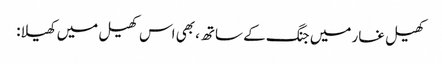
کھیل غار میں جنگ کے ساتھ، بھی اس کھیل میں کھیلا: